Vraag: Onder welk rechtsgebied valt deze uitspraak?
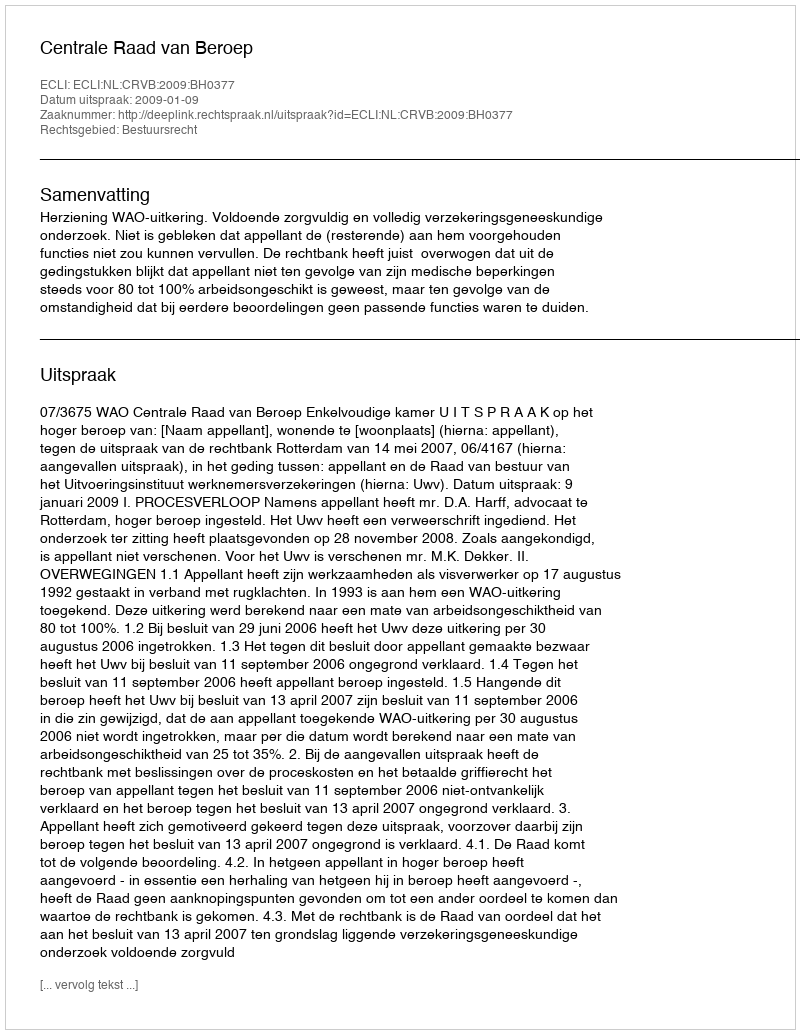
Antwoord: Bestuursrecht